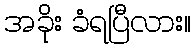
အခိုး ခံရပြီလား။